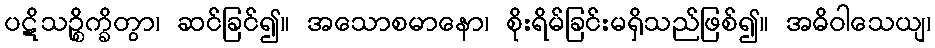
ပဋိသဉ္စိက္ခိတွာ၊ ဆင်ခြင်၍။ အသောစမာနော၊ စိုးရိမ်ခြင်းမရှိသည်ဖြစ်၍။ အဓိဝါသေယျ၊